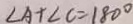
\angle A + \angle C = 1 8 0 ^ { \circ }